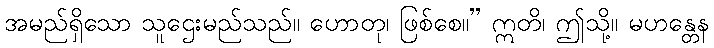
အမည်ရှိသော သူဌေးမည်သည်။ ဟောတု၊ ဖြစ်စေ။” ဣတိ၊ ဤသို့။ မဟန္တေန